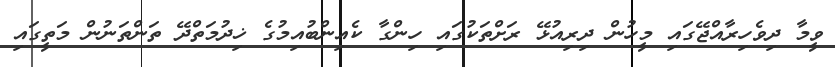
ވީމާ ދިވެހިރާއްޖޭގައި މީހުން ދިރިއުޅޭ ރަށްތަކުގައި ހިންގާ ކެއިންބުއިމުގެ ޚިދުމަތްދޭ ތަންތަނުން މަތީގައި